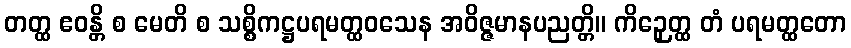
တတ္ထ ဧဝန္တိ စ မေတိ စ သစ္စိကဋ္ဌပရမတ္ထဝသေန အဝိဇ္ဇမာနပညတ္တိ။ ကိဉှေတ္ထ တံ ပရမတ္ထတော